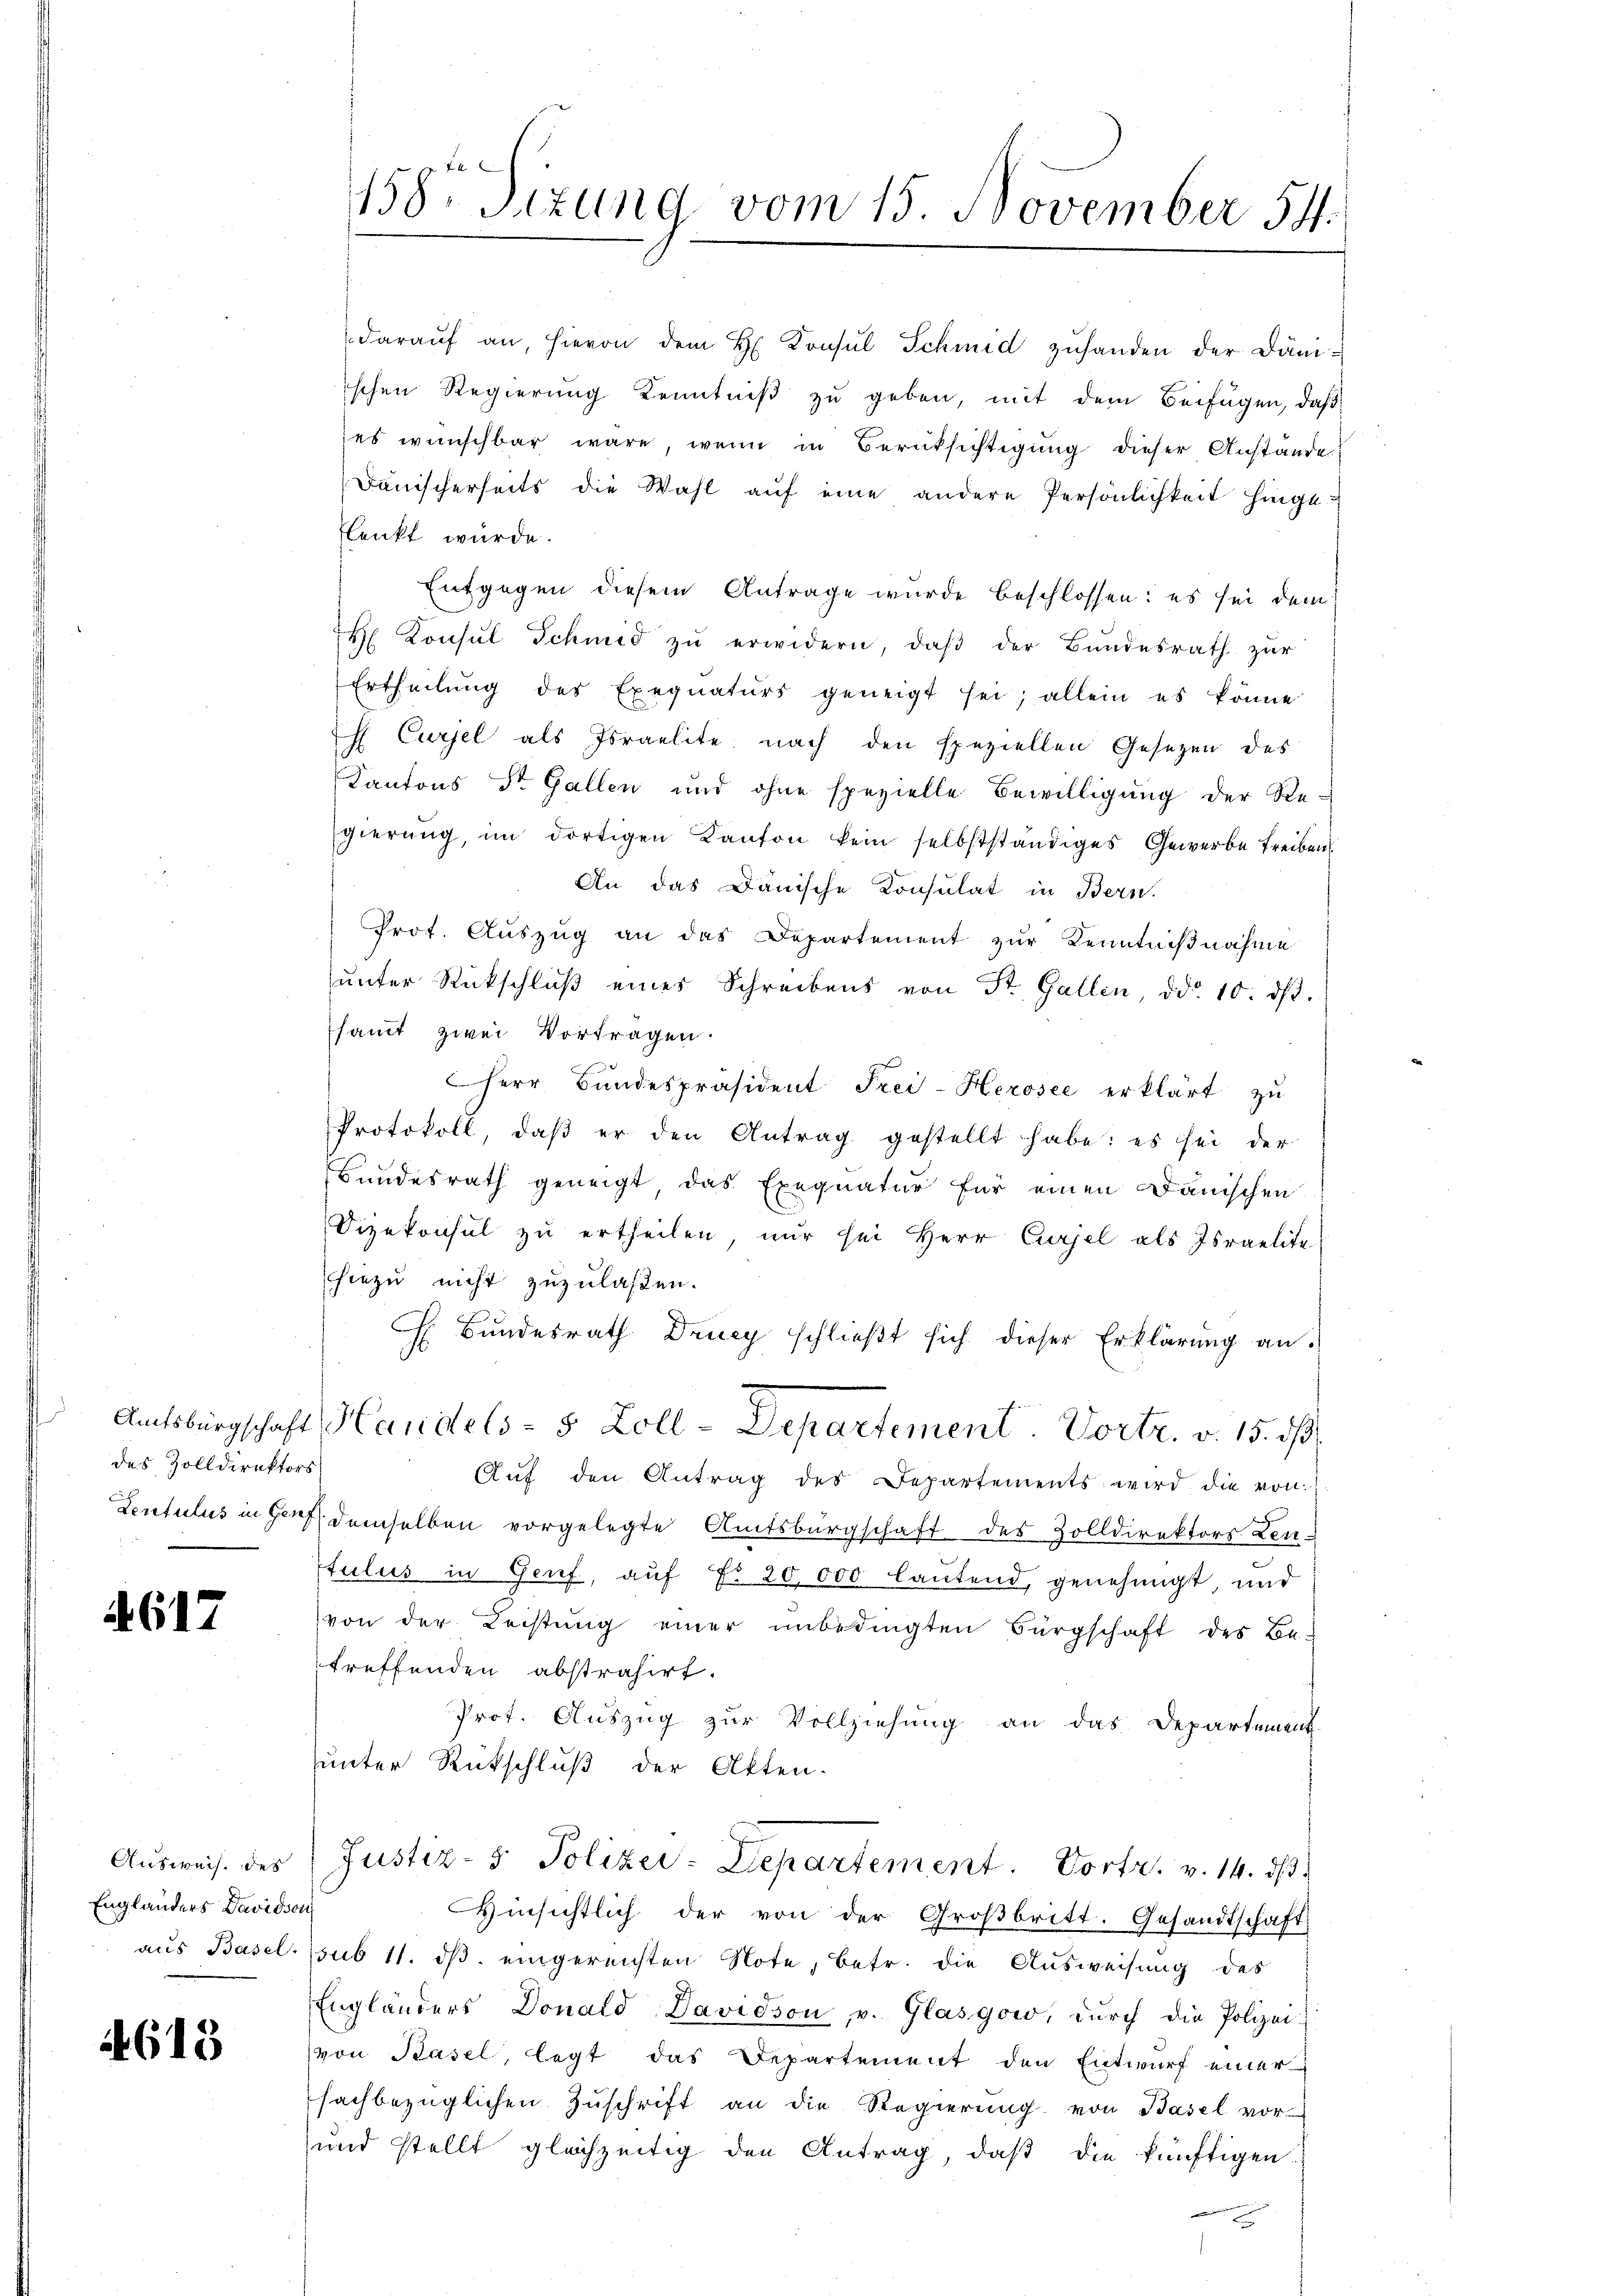
des Zolldirektors

A.617

Ausweise des
Englanders Davidson

4618

Ertheilung des Exequaturs geneigt sei; allein es könne
 Cursel als Israelite nach den speziellen Gesetzen des
Kantons St. Gallen und ohne spezielle Bewilligung der Re-
gierŭng, im dortigen Kanton kein selbstständiges Gewerbe treiben
An das Dänische Konsulat in Bern.
Prot. Auszug an das Departement zur Kenntnißnahme
unter Rückschlŭβ eines Schreibens von St. Gallen, ddo. 10. dβ.
samt zwei Vortragen.
Herr Bŭndespräsident Frei-Herosee erklärt zu
Protokoll, daβ er den Antrag gestellt habe: es sei der
Bundesrath geneigt das Exequatur für einen Dänischen
Vizekonsul zu ertheilen, nur sei Herr Curjel als Israelite
hiezu nicht zuzulaßen.
 Bŭndesrath Drucy schlieβt sich dieser Erklärŭng an.
Amtsbürgschaft Handels- 5 Zoll-Departement Vortr. v. 15. ds.
Aŭf den Antrag des Departements wird die von
Lentulus in Gorf demselben vorgelegte Amtsbürgschaft des Zolldirektors Len-
tulus in Genf, auf Fr. 20,000 lautend, genehmigt, und
von der Leistung einer unbedingten Bürgschaft des Be-
treffenden abstrahirt.
Prot. Auszug zur Vollziehung an das Departement
unter Rückschluß der Akten.
Justiz- & Polizer-Departement. Vortr. v. 14. ds.
Hinsichtlich der von der Großbritt. Gesandtschaft
aus Basel sub 11. ds. eingereichten Note, betr. die Ausweisung des
Engländers Donald Davidson, v. Glasgow, dŭrch die Polizei-
von Basel, legt das Departement den Entwurf einer
sachbezüglichen Zuschrift an die Regierung von Basel vor-
und stellt gleichzeitig den Antrag, daß die künftigen

158. Sizung vom 15. November 54.

daraŭf an, hievon dem H. Konsul Schmid zŭhanden der Däniischen Regierung Kenntniß zu geben, mit dem Beifügen, daß
es wünschbar wäre, wenn in Berüksichtigung dieser Anstände
Janischerseits die Wahl aŭf eine andere Persönlichkeit hingelenkt wurde.
Entgegen diesem Antrage wurde beschlossen: es sei dem
H Konsul Schmid zŭ erwidern, daβ der Bŭndesrath zŭr